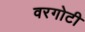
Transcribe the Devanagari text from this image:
वरगोटी